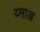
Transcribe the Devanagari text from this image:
य्माअ